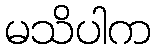
မသိပါက